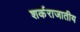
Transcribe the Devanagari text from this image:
शर्कराजातीय